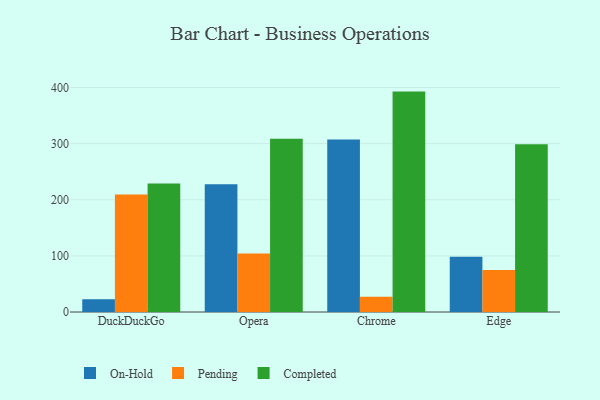
{"axis": {"x": "Browser", "y": "Demand Index"}, "legend": ["Completed", "On-Hold", "Pending"], "data": [{"x": "DuckDuckGo", "y": 22.9, "type": "On-Hold"}, {"x": "DuckDuckGo", "y": 209.5, "type": "Pending"}, {"x": "DuckDuckGo", "y": 228.9, "type": "Completed"}, {"x": "Opera", "y": 227.7, "type": "On-Hold"}, {"x": "Opera", "y": 104.2, "type": "Pending"}, {"x": "Opera", "y": 308.7, "type": "Completed"}, {"x": "Chrome", "y": 307.2, "type": "On-Hold"}, {"x": "Chrome", "y": 27.2, "type": "Pending"}, {"x": "Chrome", "y": 392.7, "type": "Completed"}, {"x": "Edge", "y": 98.6, "type": "On-Hold"}, {"x": "Edge", "y": 75.0, "type": "Pending"}, {"x": "Edge", "y": 298.8, "type": "Completed"}]}